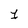
Character: 1